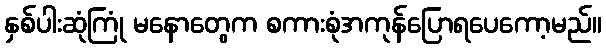
နှစ်ပါးဆုံကြုံ မနောတွေက စကားစုံအကုန်ပြောရပေကော့မည်။